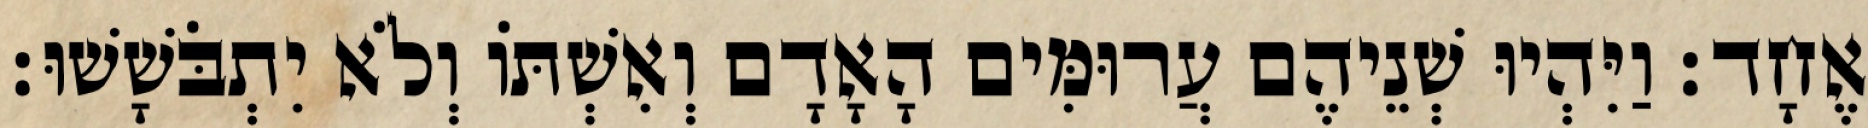
אֶחָד׃ וַיִּהְיוּ שְׁנֵיהֶם עֲרוּמִּים הָאָדָם וְאִשְׁתֹּו וְלֹא יִתְבֹּשָׁשׁוּ׃